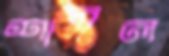
শাবল